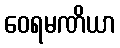
ဝေရမဏိယာ